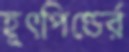
হূৎপিণ্ডের্র